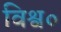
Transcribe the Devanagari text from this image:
विश्व०